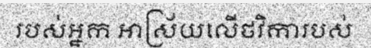
របស់អ្នក អាស្រ័យលើថវិការបស់